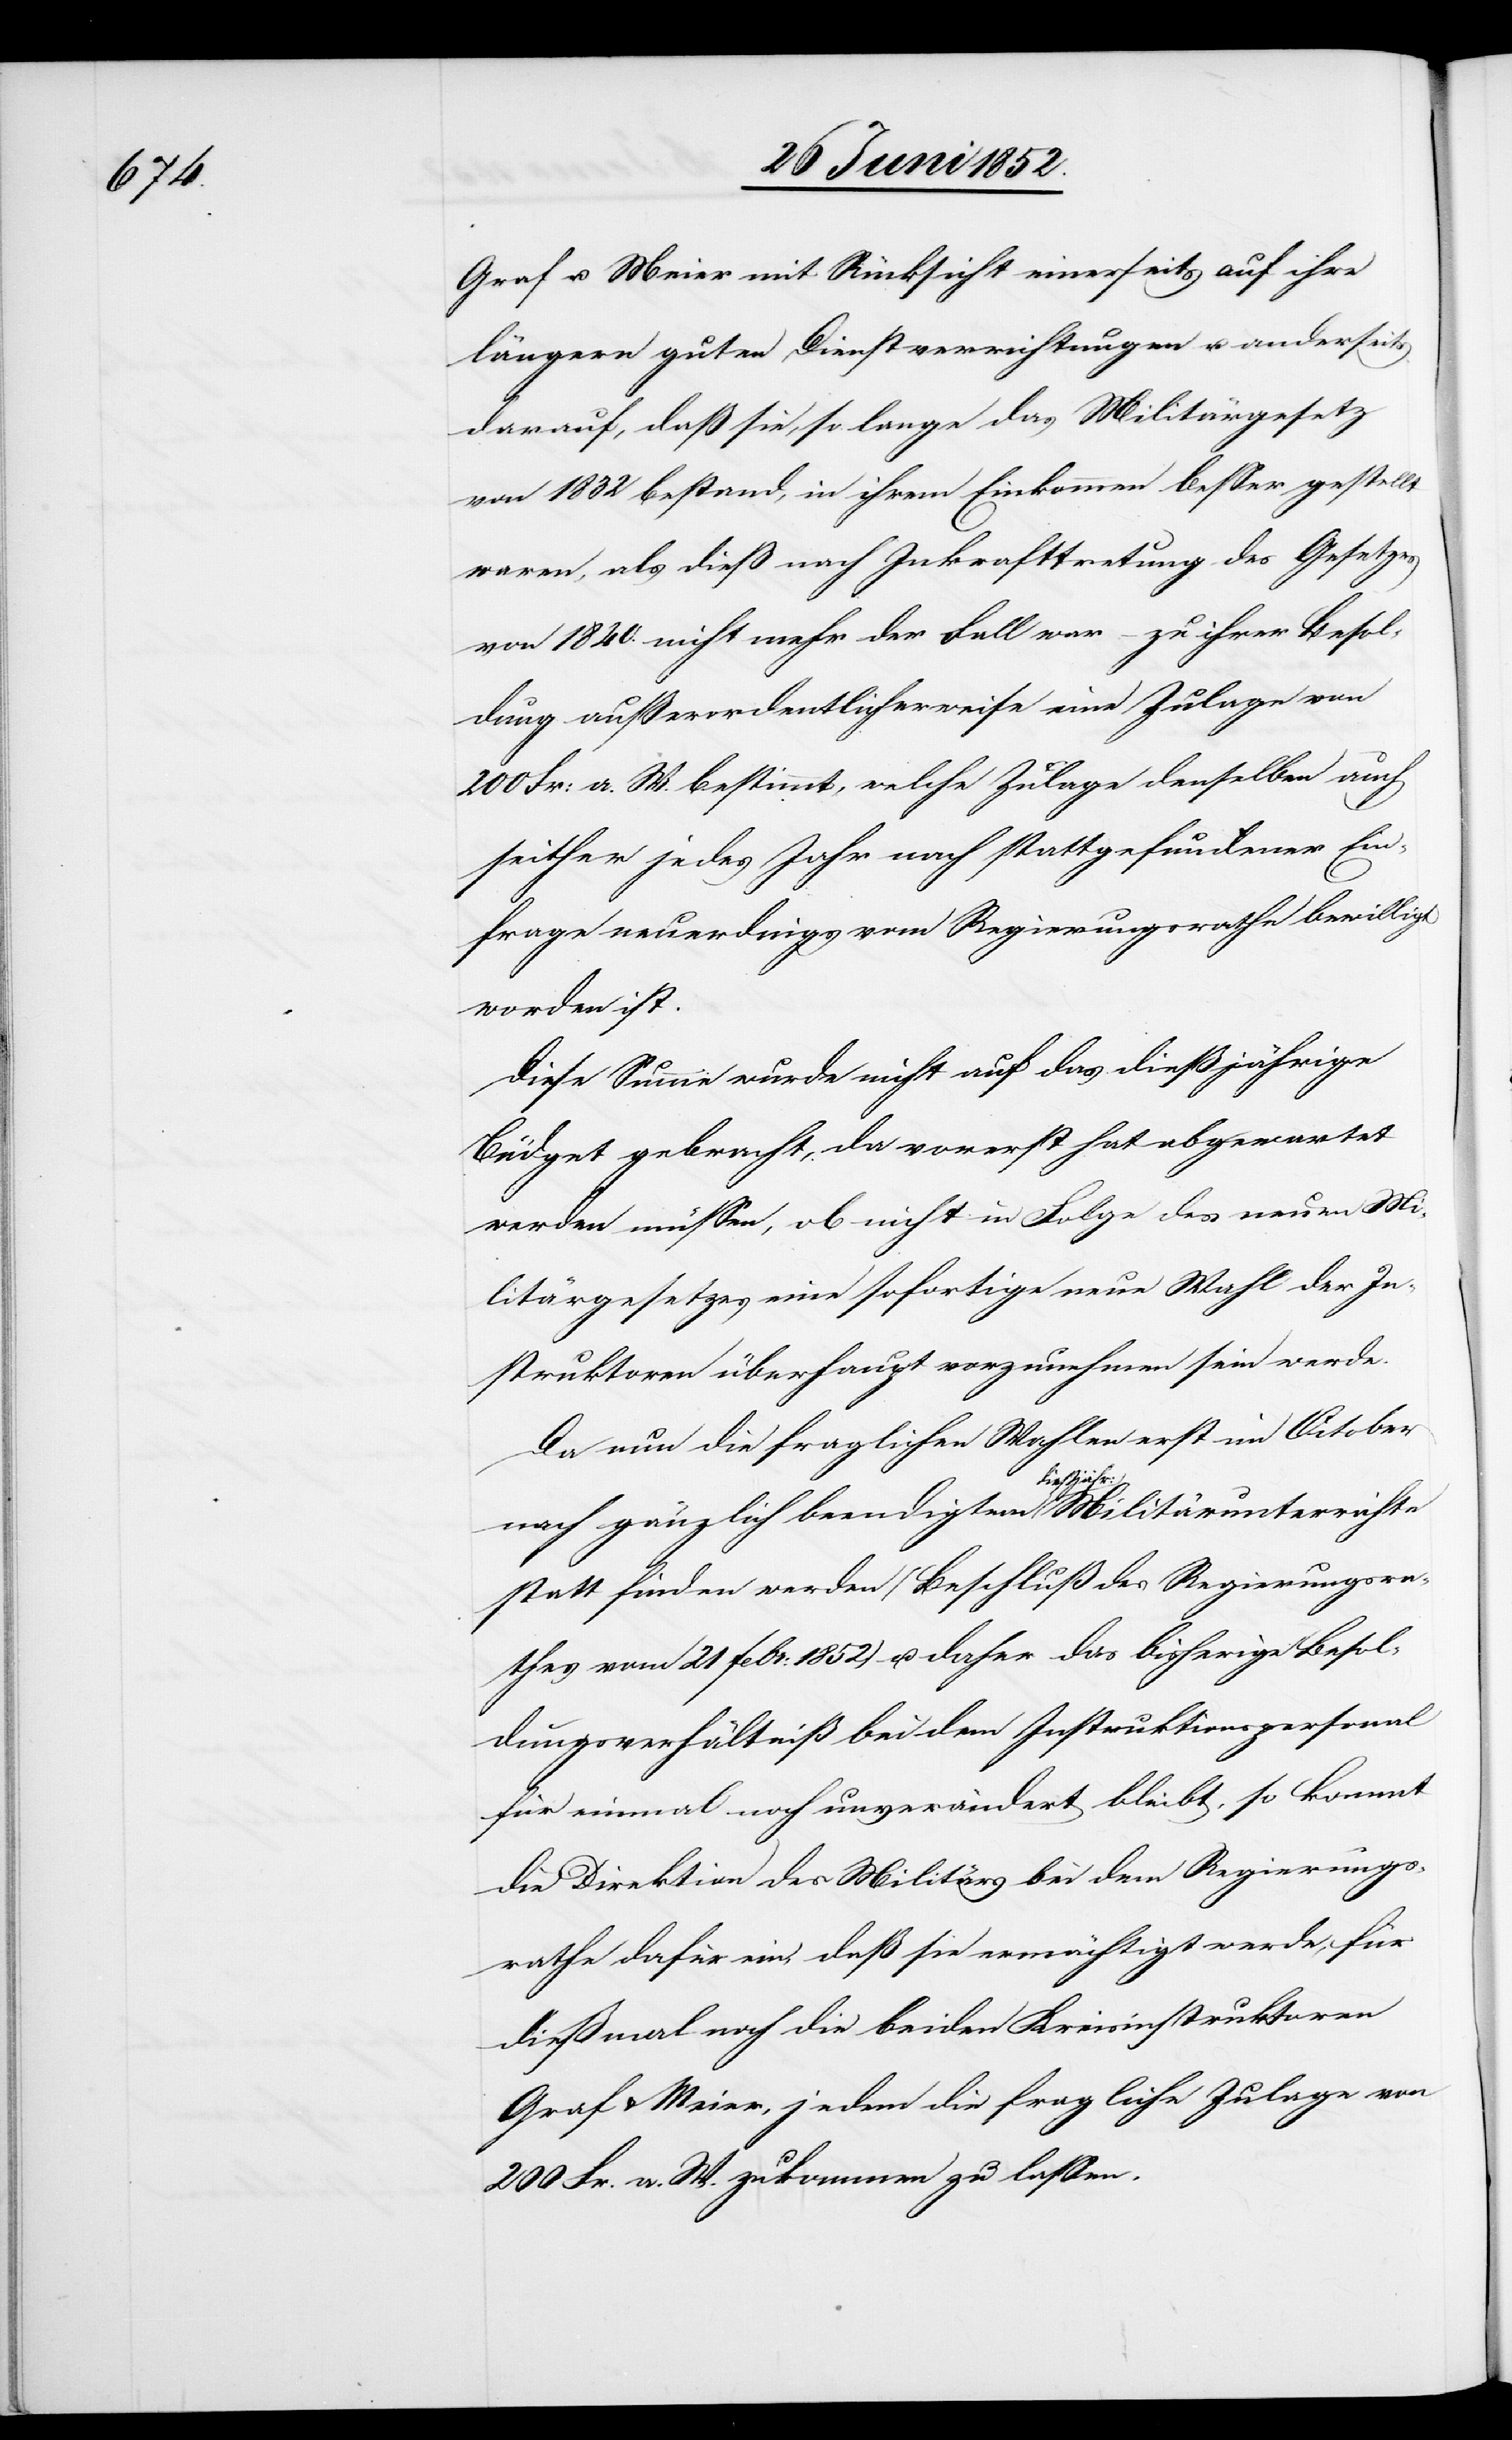
Graf u. Meier mit Rücksicht einerseits auf ihre
längern guten Dienstverrichtungen u. anderseits
darauf, daß sie, so lange das Militärgesetz
von 1832 bestand, in ihrem Einkommen besser gestellt
waren, als dieß nach Inkrafttretung des Gesetzes
von 1840. nicht mehr der Fall war – zu ihrer Besol¬
dung ausserordentlicherweise eine Zulage von
200 Fr: a. W. bestimmt, welche Zulage denselben auch
seither jedes Jahr nach stattgefundener Ein¬
frage neuerdings vom Regierungsrathe bewilligt
worden ist.
Diese Summe wurde nicht auf das dießjährige
Büdget gebracht, da vorerst hat abgewartet
werden müssen, ob nicht in Folge des neuen Mi¬
litärgesetzes eine sofortige neue Wahl der In¬
struktoren überhaupt vorzunehmen sein werde.
Da nun die fraglichen Wahlen erst im October
nach gänzlich beendigtem dießjähr: Militärunterrichte
statt finden werden (Beschluß des Regierungsra¬
thes vom 21 Febr: 1852) u. daher das bisherige Besol¬
dungsverhältniß bei dem Instruktionspersonal
für einmal noch unverändert bleibt, so kommt
die Direktion des Militärs bei dem Regierungs¬
rathe dafür ein, daß sie ermächtigt werde, für
dießmal noch die beiden Kreisinstruktoren
Graf & Meier, jedem die fragliche Zulage von
200 Fr. a. W. zukommen zu lassen.